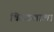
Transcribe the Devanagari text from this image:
विठठलाला